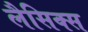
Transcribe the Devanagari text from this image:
लैसिक्स